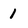
Character: 1